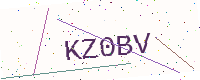
Text: KZ0BV